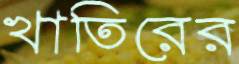
খাতিরের